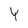
Character: Y